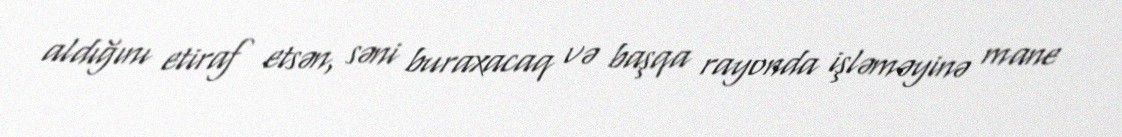
aldığını etiraf etsən, səni buraxacaq və başqa rayonda işləməyinə mane